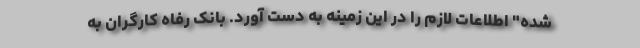
شده" اطلاعات لازم را در این زمینه به دست آورد. بانک رفاه کارگران به